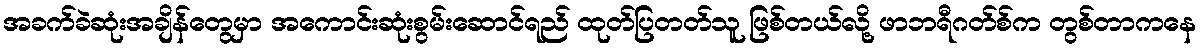
အခက်ခဲဆုံးအချိန်တွေမှာ အကောင်းဆုံးစွမ်းဆောင်ရည် ထုတ်ပြတတ်သူ ဖြစ်တယ်လို့ ဖာဘရီဂတ်စ်က တွစ်တာကနေ